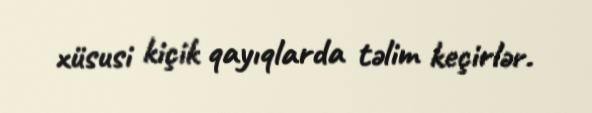
xüsusi kiçik qayıqlarda təlim keçirlər.